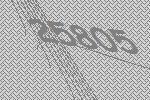
25805